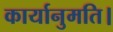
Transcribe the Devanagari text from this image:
कार्यानुमति।